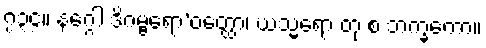
၇၃၄။ နဂ္ဂေါ ဒိဂမ္ဗရော’ဝတ္ထော၊ ဃသ္မရော တု စ ဘက္ခကော။